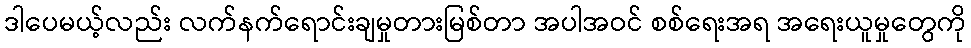
ဒါပေမယ့်လည်း လက်နက်ရောင်းချမှုတားမြစ်တာ အပါအဝင် စစ်ရေးအရ အရေးယူမှုတွေကို